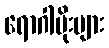
ရောဂါပိုးများ